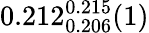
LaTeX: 0.212_{0.206}^{0.215}(1)